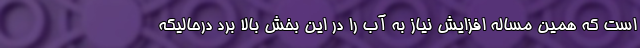
است که همین مساله افزایش نیاز به آب را در این بخش بالا برد درحالیکه